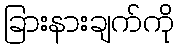
ခြားနားချက်ကို